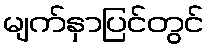
မျက်နှာပြင်တွင်